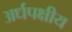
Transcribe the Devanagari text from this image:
अर्धपक्षीय